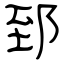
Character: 郅